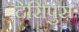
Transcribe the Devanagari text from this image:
देसिपुस